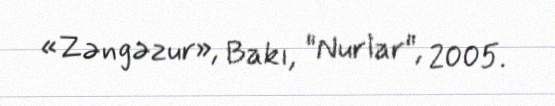
«Zəngəzur», Bakı, "Nurlar", 2005.